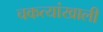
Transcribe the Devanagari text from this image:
चकत्यांखाली